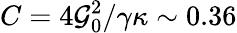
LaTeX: C=4\mathcal{G}_{0}^{2}/\gamma\kappa\sim 0.36